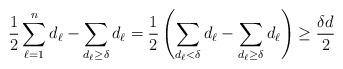
LaTeX: \begin{align*}\frac{1}{2}\sum_{\ell=1}^n d_\ell-\sum_{d_\ell\geq\delta}d_\ell =\frac{1}{2}\left(\sum_{d_\ell<\delta}d_\ell-\sum_{d_\ell\geq\delta}d_\ell\right)\geq\frac{\delta d}{2}\end{align*}